Report on vaccination in Madras 1895-1903 - 1895-1903
Year: 1895
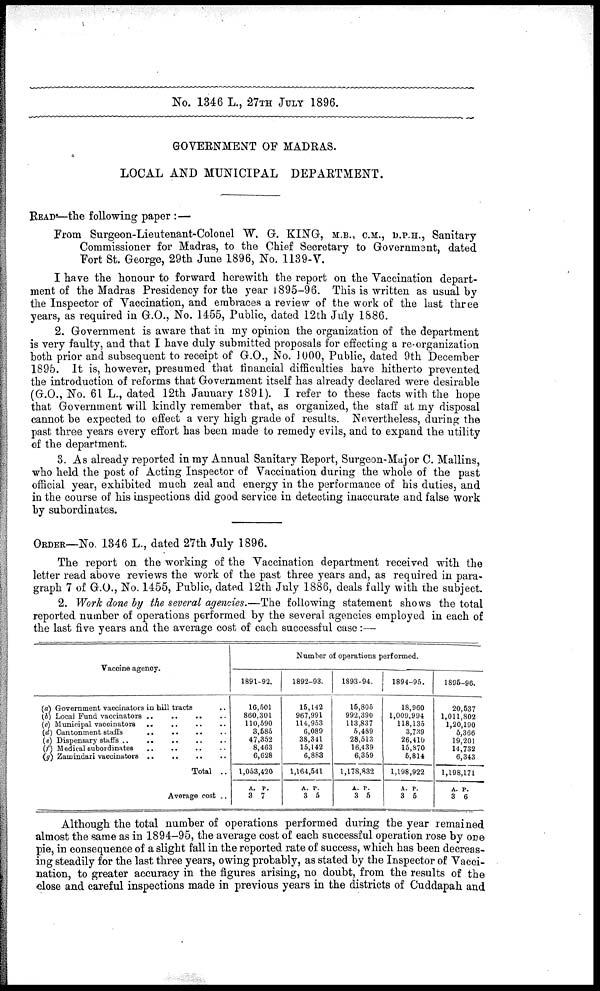
No. 1346 L., 27TH JULY 1896.
GOVERNMENT OF MADRAS.
LOCAL AND MUNICIPAL DEPARTMENT.
READ—the following paper :—
From Surgeon-Lieutenant-Colonel W. G. KING, M.B., C.M., D.P.H., Sanitary
Commissioner for Madras, to the Chief Secretary to Government, dated
Fort St. George, 29th June 1896, No. 1139-V.
I have the honour to forward herewith the report on the Vaccination depart-
ment of the Madras Presidency for the year 1895—96. This is written as usual by
the Inspector of Vaccination, and embraces a review of the work of the last three
years, as required in G.O., No. 1455, Public, dated 12th July 1886.
2. Government is aware that in my opinion the organization of the department
is very faulty, and that I have duly submitted proposals for effecting a re-organization
both prior and subsequent to receipt of G.O., No. 1,000, Public, dated 9th December
1895. It is, however, presumed that financial difficulties have hitherto prevented
the introduction of reforms that Government itself has already declared were desirable
(G.O., No. 61 L., dated 12th January 1891). I refer to these facts with the hope
that Government will kindly remember that, as organized, the staff at my disposal
cannot be expected to effect a very high grade of results. Nevertheless, during the
past three years every effort has been made to remedy evils, and to expand the utility
of the department.
3. As already reported in my Annual Sanitary Report, Surgeon-Major C. Mallins,
who held the post of Acting Inspector of Vaccination during the whole of the past
official year, exhibited much zeal and energy in the performance of his duties, and
in the course of his inspections did good service in detecting inaccurate and false work
by subordinates.
ORDER—NO. 1346 L., dated 27th July 1896.
The report on the working of the Vaccination department received with the
letter read above reviews the work of the past three years and, as required in para-
graph 7 of G.O., No. 1455, Public, dated 12th July 1886, deals fully with the subject.
2. Work done by the several agencies.—The following statement shows the total
reported number of operations performed by the several agencies employed in each of
the last five years and the average cost of each successful case:—
Vaccine agency.
(a) Government vaccinators in hill tracts ..
(b) Local Fund vaccinators .. .. .. ..
(c) Municipal vaccinators .. .. .. ..
(d) Cantonment staffs .. .. .. .. ..
(e) Dispensary staffs .. .. .. .. ..
(f ) Medical subordinates .. .. .. ..
(g) Zamindari vaccinators .. .. .. ..
Total ..
Average cost ..
Number of operations performed.
1891-92.
16,501
860,301
110,590
3,585
47,352
8,463
6,628
1,053,420
A.
3
P.
7
1892-93.
15,142
967,991
114,953
6,089
38,341
15,142
6,883
1,164,541
A.
3
P.
5
1893-94.
15,805
992,390
113,837
5,489
28,513
16,439
6,359
1,178,832
A.
3
P.
5
1894-95.
18,960
1,009,994
118,135
3,739
26,410
15,870
6,814
1,198,922
A.
3
P.
5
1895-96.
20,537
1,011,802
1,20,190
5,366
19,201
14,732
6,343
1,198,171
A.
3
P.
6
Although the total number of operations performed during the year remained
almost the same as in 1894-95, the average cost of each successful operation rose by one
pie, in consequence of a slight fall in the reported rate of success, which has been decreas-
ing steadily for the last three years, owing probably, as stated by the Inspector of Vacci-
nation, to greater accuracy in the figures arising, no doubt, from the results of the
close and careful inspections made in previous years in the districts of Cuddapah and